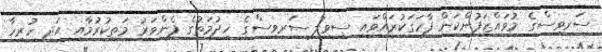
ސަރވިސްގެ މުވައްޒަފުންކަން ފާހަގަކުރައްވައި ސިވިލް ސަރވިސްގެ ޚިދުމަތުގެ ފެންވަރު މަތިކުރުމާއި އަދި ހުރިހާ